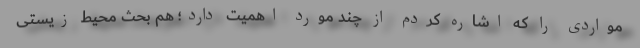
مواردی را که اشاره کردم از چند مورد اهمیت دارد؛ هم بحث محیط زیستی